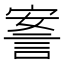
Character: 𰴴